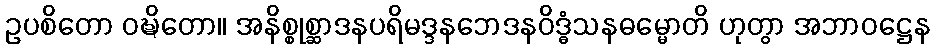
ဥပစိတော ဝဍ္ဎိတော။ အနိစ္စုစ္ဆာဒနပရိမဒ္ဒနဘေဒနဝိဒ္ဓံသနဓမ္မောတိ ဟုတွာ အဘာဝဋ္ဌေန